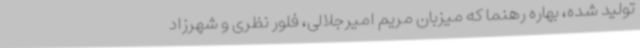
تولید شده، بهاره رهنما که میزبان مریم امیرجلالی، فلور نظری و شهرزاد